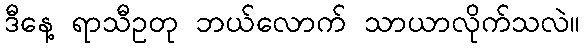
ဒီနေ့ ရာသီဥတု ဘယ်လောက် သာယာလိုက်သလဲ။